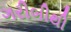
ગરીબીથી